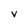
Character: V